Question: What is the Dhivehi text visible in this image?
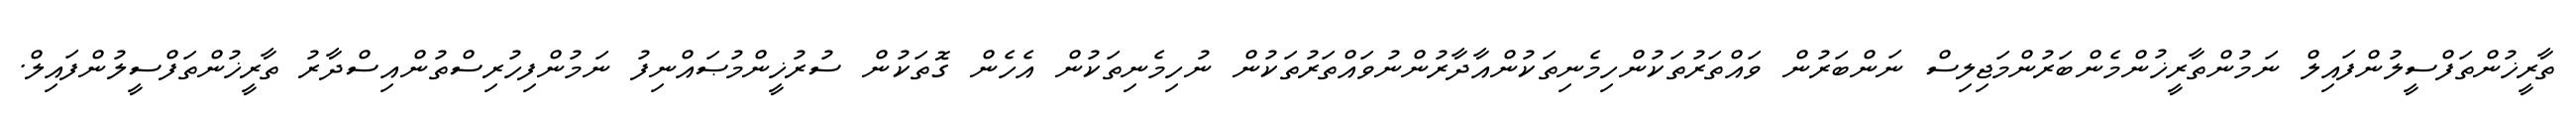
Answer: ތާރީޚުންތަފްސީލުންފައިލް ނަމުންތާރީޚުންމެންބަރުންމަޖިލިސް ނަންބަރުން ވައްތަރުތަކުންހިމެނިތަކުންއާދާރުންނުވައްތަރުތަކުން ނުހިމެނިތަކުން އެހެން ގޮތަކުން ސުރުޚީންމުޞައްނިފު ނަމުންފިހުރިސްތުންއިސްދާރު ތާރީޚުންތަފްސީލުންފައިލް.